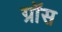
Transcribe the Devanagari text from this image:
ग्राॅस